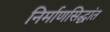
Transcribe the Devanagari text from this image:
निर्माणसिद्धांत